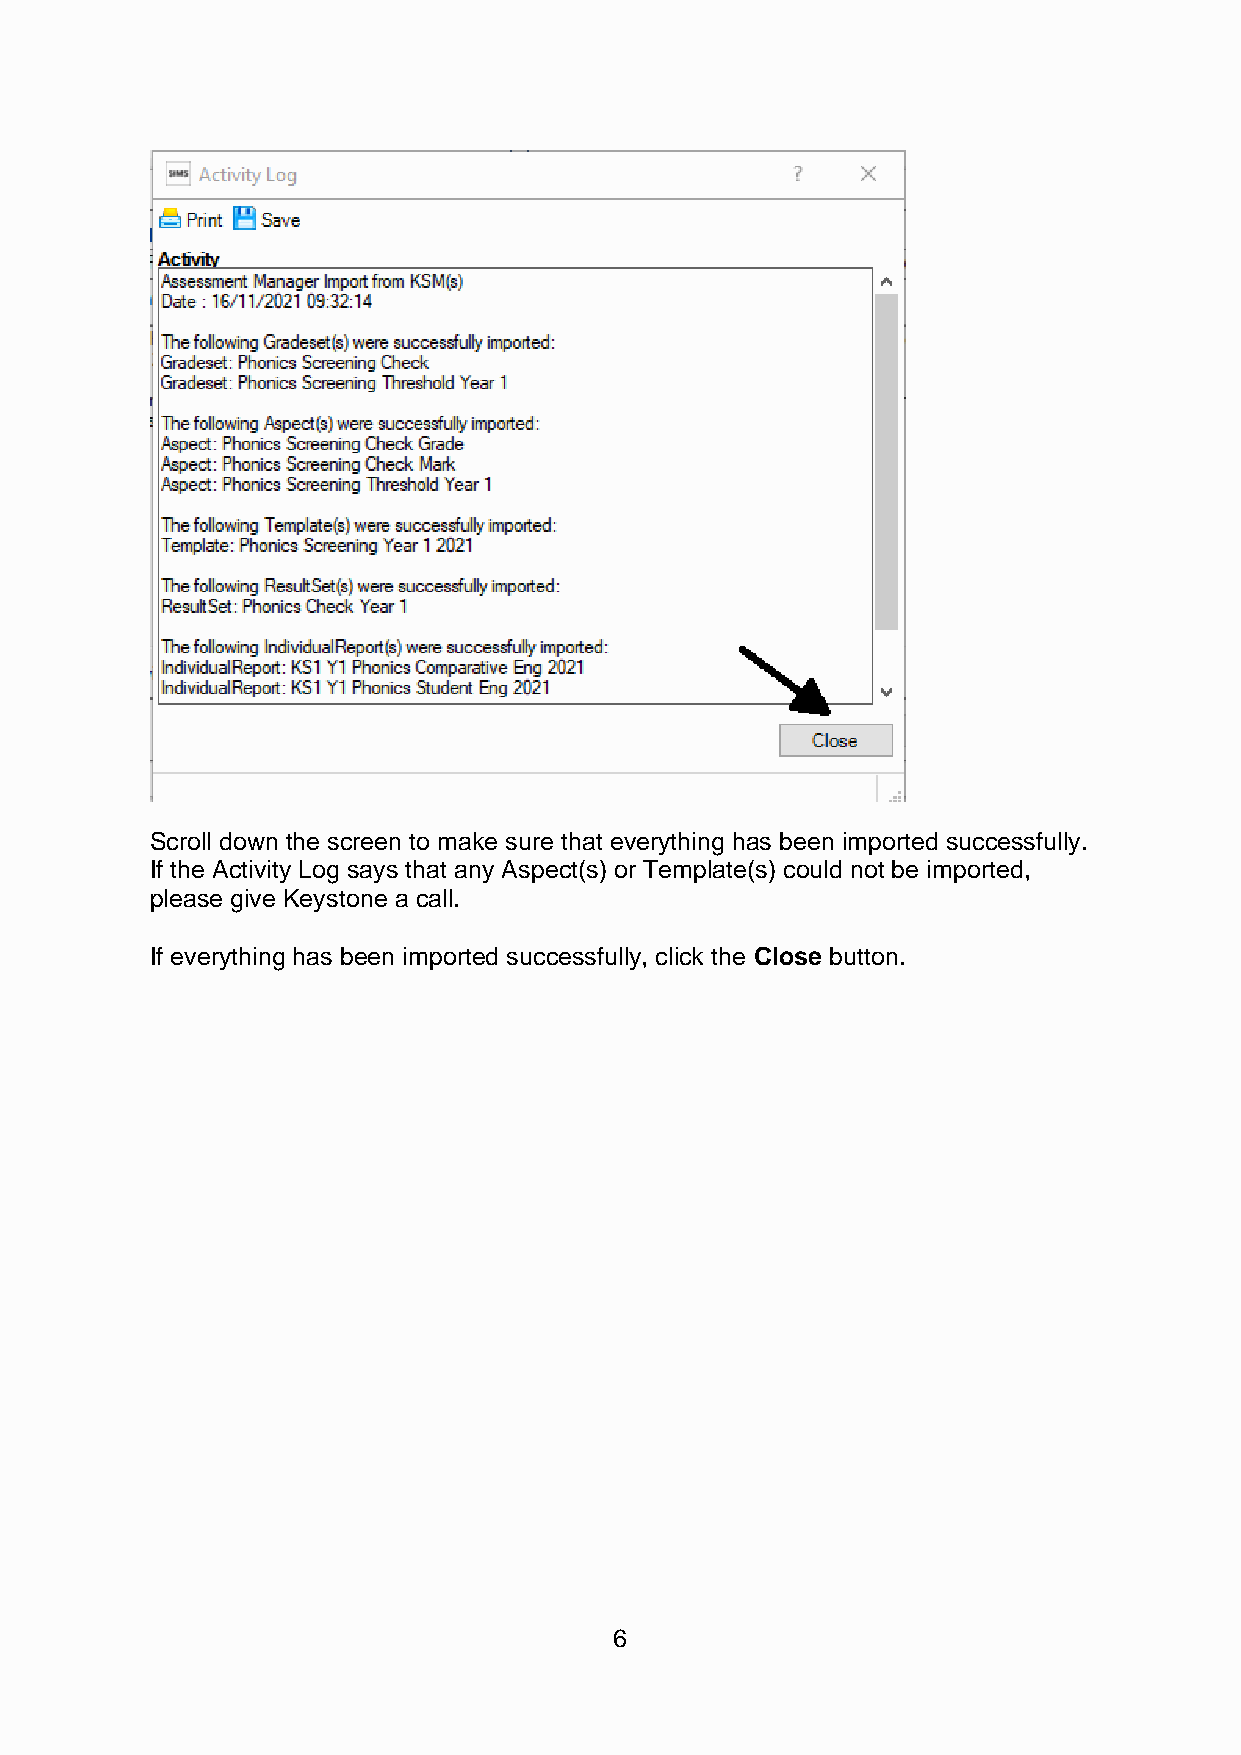
Scroll down the screen to make sure that everything has been imported successfully.
 If the Activity Log says that any Aspect(s) or Template(s) could not be imported,
 please give Keystone a call.
 If everything has been imported successfully, click the Close button.
 6